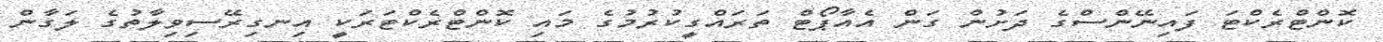
ކޮންޓްރެކްޓަ ފައިނޭންސްގެ ދަށުން ގަން އެއާޕޯޓް ތަރައްގީކުރުމުގެ މައި ކޮންޓްރެކްޓަރަކީ އިނގިރޭސިވިލާތުގެ ލަގާން